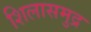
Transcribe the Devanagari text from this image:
शिलासमुद्र